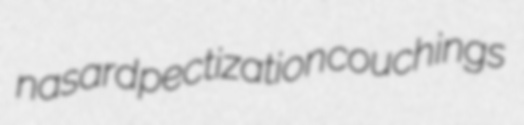
nasard pectization couchings